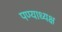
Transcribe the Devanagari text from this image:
पण्याध्यक्ष